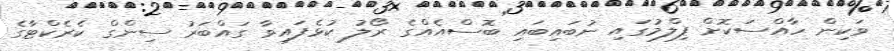
ވަކިން ހާއްސަކޮށް ފިލްމުގައި ނުބައިބައި ބޮސްއެއްގެ ރޯލު ކުޅެފައިވާ ގައްބަރު ސިންގް ކެރެކްޓާގެ